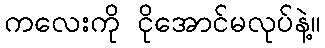
ကလေးကို ငိုအောင်မလုပ်နဲ့။